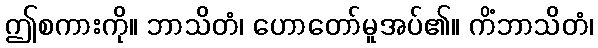
ဤစကားကို။ ဘာသိတံ၊ ဟောတော်မူအပ်၏။ ကိံဘာသိတံ၊